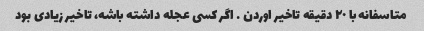
متاسفانه با ٢٠ دقیقه تاخیر اوردن … اگر کسی عجله داشته باشه، تاخیر زیادی بود